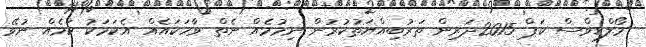
މޯލްޑިވްސް ކަޕް 2015ދަރިން ތަރުބިއްޔަތުކުރުން ނިމުމެއް ނެތް ވާހަކައެއް އެކަމަކު ކަމެއް ނުވޭ